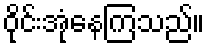
ဝိုင်းအုံနေကြသည်။